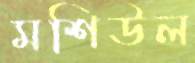
মশিউল